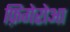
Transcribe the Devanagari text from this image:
फ़िगेरोआ